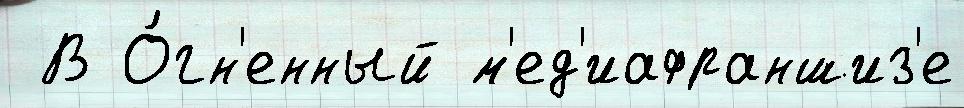
 В О́гн'енный м'ед'иафраншиз'е